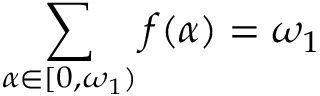
\sum _ { \alpha \in [ 0 , \omega _ { 1 } ) } f ( \alpha ) = \omega _ { 1 }